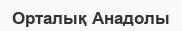
Орталық Анадолы